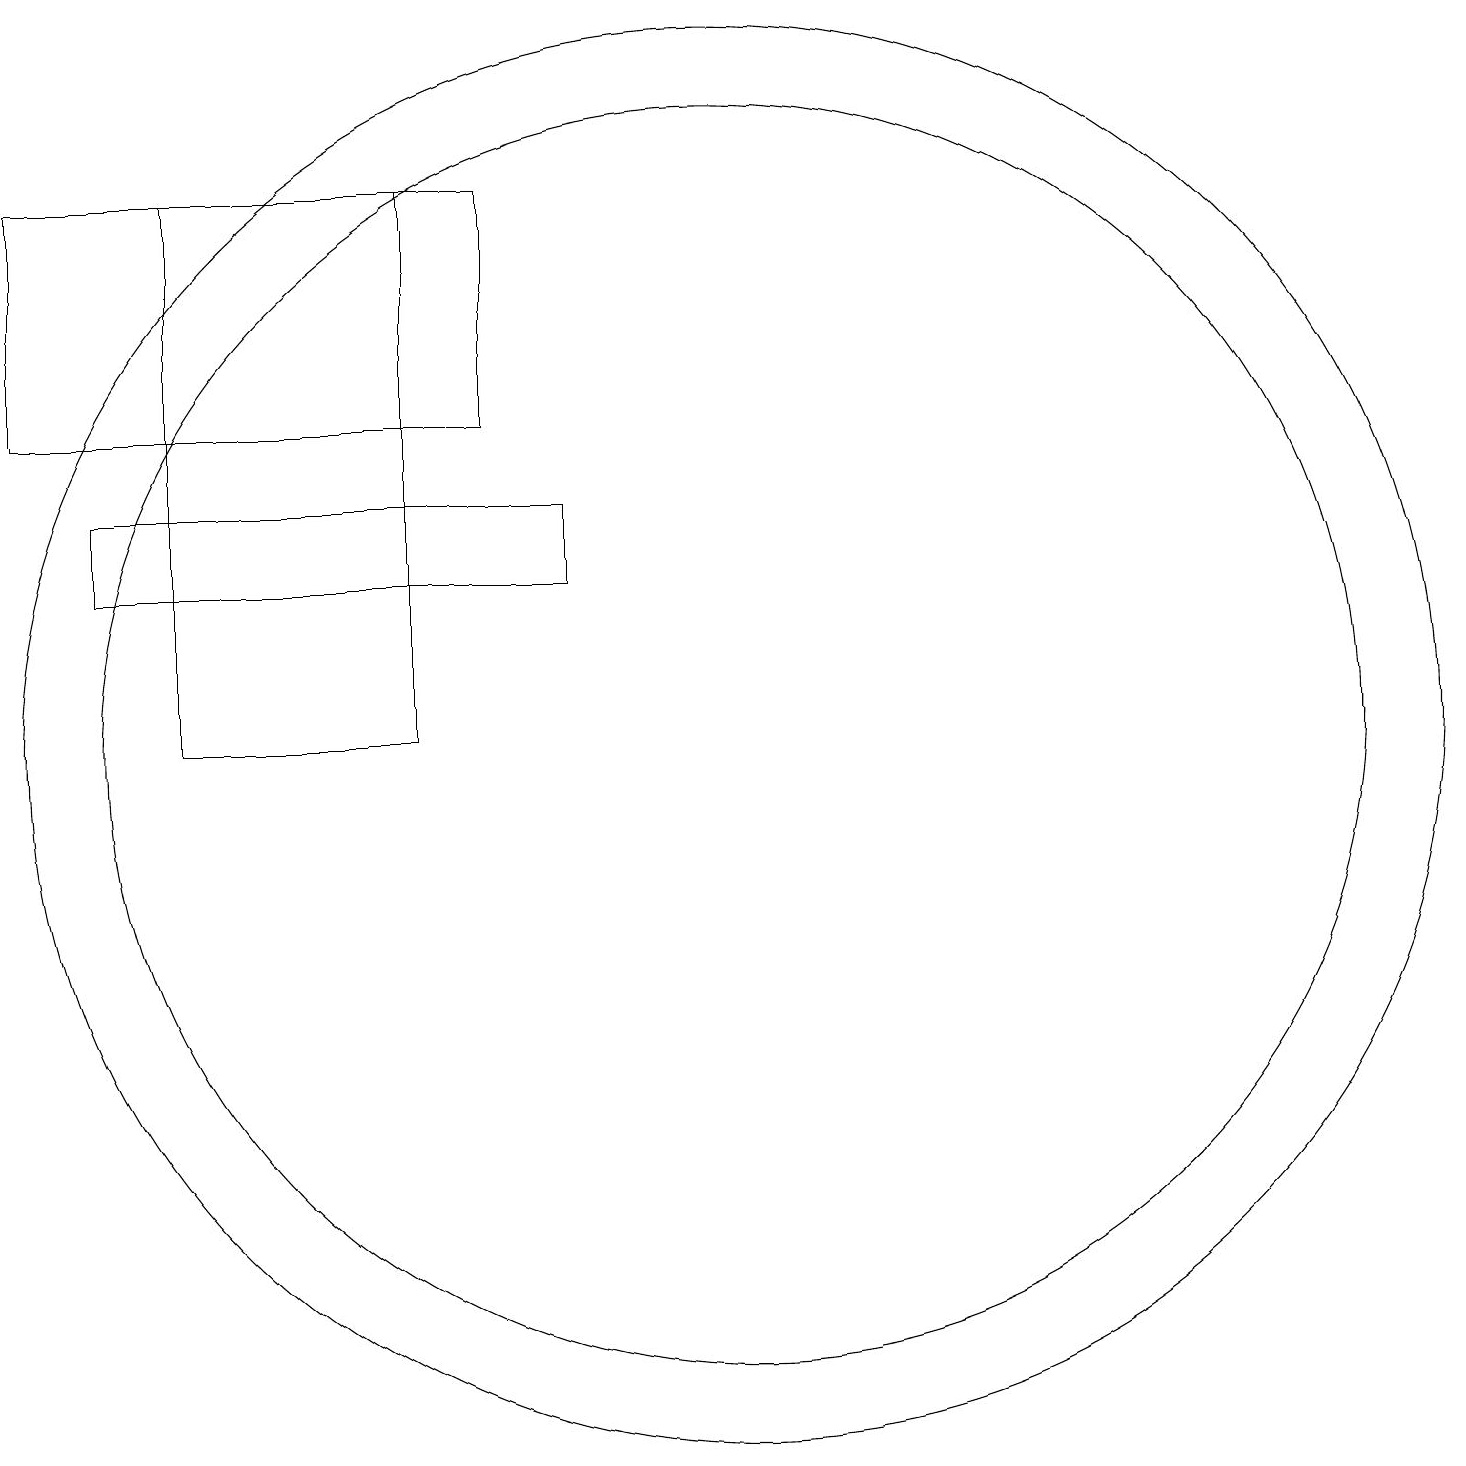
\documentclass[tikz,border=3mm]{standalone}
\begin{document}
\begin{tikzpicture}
\draw (7,17) rectangle (4,10);
\draw (2,14) rectangle (8,17);
\draw (3,12) rectangle (9,13);
\draw (11,10) circle (9);
\draw (11,10) circle (8);
\draw (11,11) circle (0);
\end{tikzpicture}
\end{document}